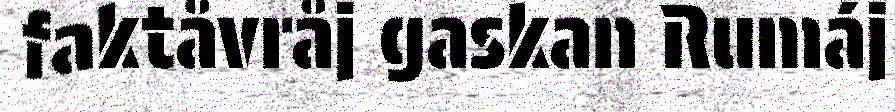
faktåvråj gaskan Rumáj